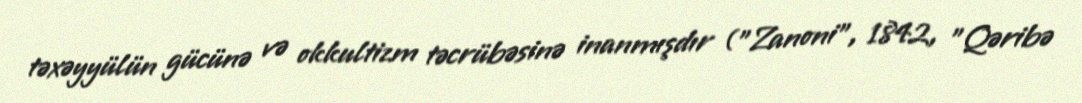
təxəyyülün gücünə və okkultizm təcrübəsinə inanmışdır ("Zanoni", 1842, "Qəribə